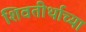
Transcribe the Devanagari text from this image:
शिवतीर्थाच्या